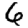
Digit: 6